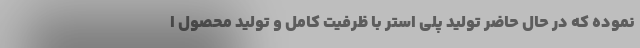
نموده که در حال حاضر تولید پلی استر با ظرفیت کامل و تولید محصول ا